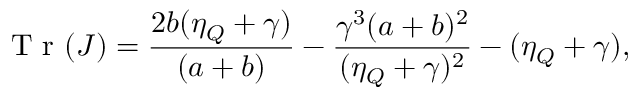
\mathrm { ~ T ~ r ~ } ( J ) = \frac { 2 b ( \eta _ { Q } + \gamma ) } { ( a + b ) } - \frac { \gamma ^ { 3 } ( a + b ) ^ { 2 } } { ( \eta _ { Q } + \gamma ) ^ { 2 } } - ( \eta _ { Q } + \gamma ) ,